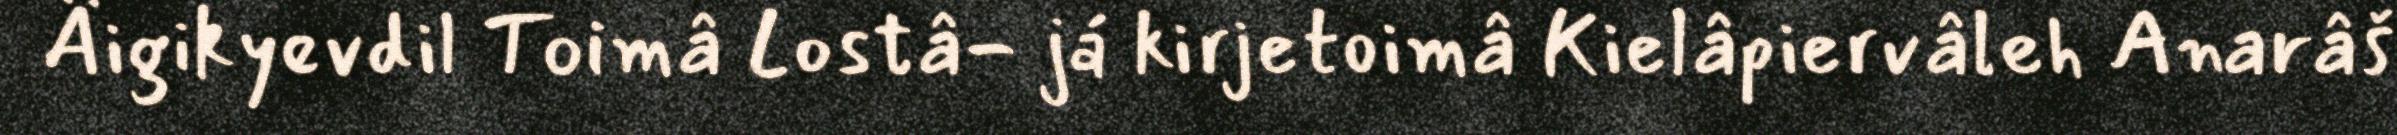
Äigikyevdil Toimâ Lostâ- já kirjetoimâ Kielâpiervâleh Anarâš